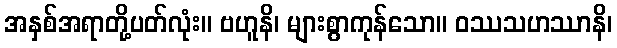
အနှစ်အရာတို့ပတ်လုံး။ ဗဟူနိ၊ များစွာကုန်သော။ ဝဿသဟဿာနိ၊